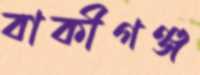
বাকীগঞ্জ